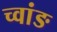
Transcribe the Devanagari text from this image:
च्वांङ